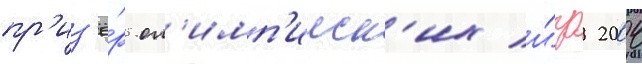
пр'из'ё́р ол'имп'ииск'их и́гр 2004